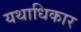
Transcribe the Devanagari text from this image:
यथाधिकार